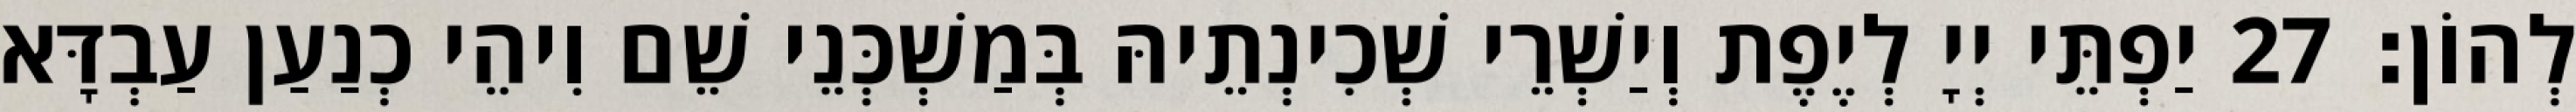
לְהוֹן׃ 27 יַפְתֵּי יְיָ לְיֶפֶת וְיַשְׁרֵי שְׁכִינְתֵיהּ בְּמַשְׁכְּנֵי שֵׁם וִיהֵי כְנַעַן עַבְדָּא